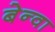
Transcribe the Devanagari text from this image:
बेन्वा